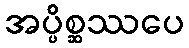
အပ္ပိစ္ဆဿပေ